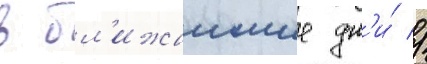
в бл'ижаишие дн'и́ //